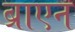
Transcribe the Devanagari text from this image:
ब्राएन